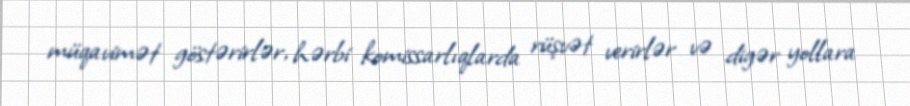
müqavimət göstərirlər, hərbi komissarlıqlarda rüşvət verirlər və digər yollara